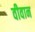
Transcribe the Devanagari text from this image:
वीवान